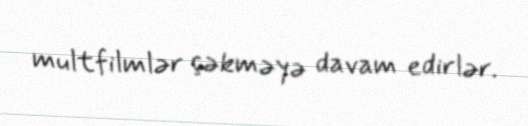
multfilmlər çəkməyə davam edirlər.